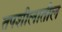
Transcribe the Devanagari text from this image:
तपशीलातील